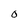
Character: O